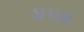
૭૫૨